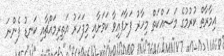
އިމާރާތް ކުރުމުގެ މަސައްކަތް މިހާރު ފަށާފައިވާ ކަމަށާއި މިފަހަރު އަތިރިމައްޗާއި ކަނޑު ފެންނަ